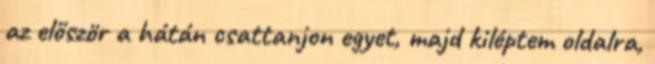
az először a hátán csattanjon egyet, majd kiléptem oldalra,